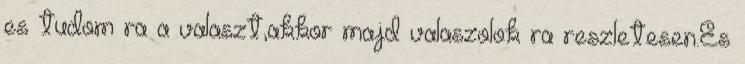
es tudom ra a valaszt,akkor majd valaszolok ra reszletesen.Es